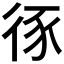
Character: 𢓻